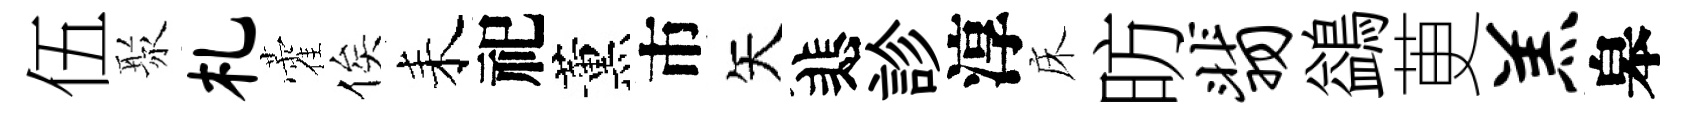
伍聚札藿俟耒祀薰市矢悲診淳床昉翡鷁茰羔皋